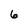
Character: 6